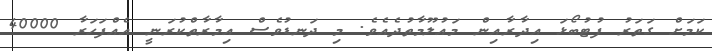
ކަމަށް ގަތަރު ފުޓުބޯޅަ އިދާރާއިން މައުލޫމާތުދެއެވެ. މި ދަނޑުވެސް އިމާރާތްކުރަނީ އެއްފަހަރާ 40000